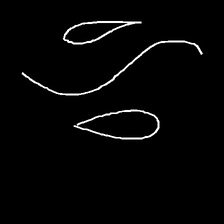
Glyph: water